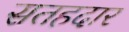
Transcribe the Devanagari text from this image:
सतहदार